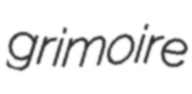
grimoire